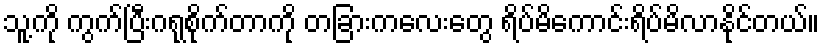
သူ့ကို ကွက်ပြီးဂရုစိုက်တာကို တခြားကလေးတွေ ရိပ်မိကောင်းရိပ်မိလာနိုင်တယ်။